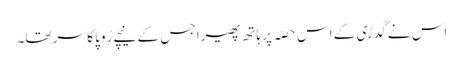
اس نے گدڑی کے اس حصّہ پر ہاتھ پھیرا جس کے نیچے رُوپا کا سر تھا۔